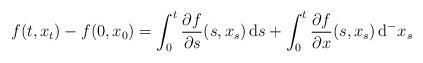
LaTeX: \begin{align*}f(t,x_t)-f(0,x_0) = \int_0^t\frac{\partial f}{\partial s}(s,x_s)\,\mathrm{d}{s} + \int_0^t\frac{\partial f}{\partial x}(s,x_s)\,\mathrm{d}^{-}x_s\end{align*}